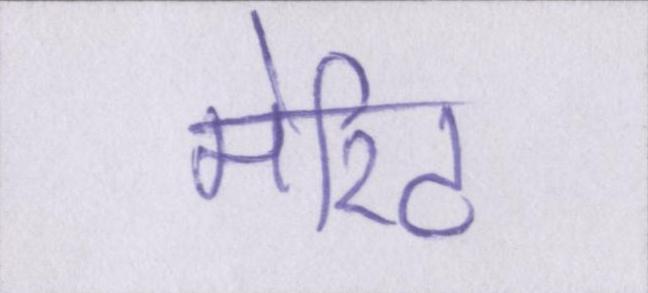
मेरिट